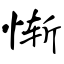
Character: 惭